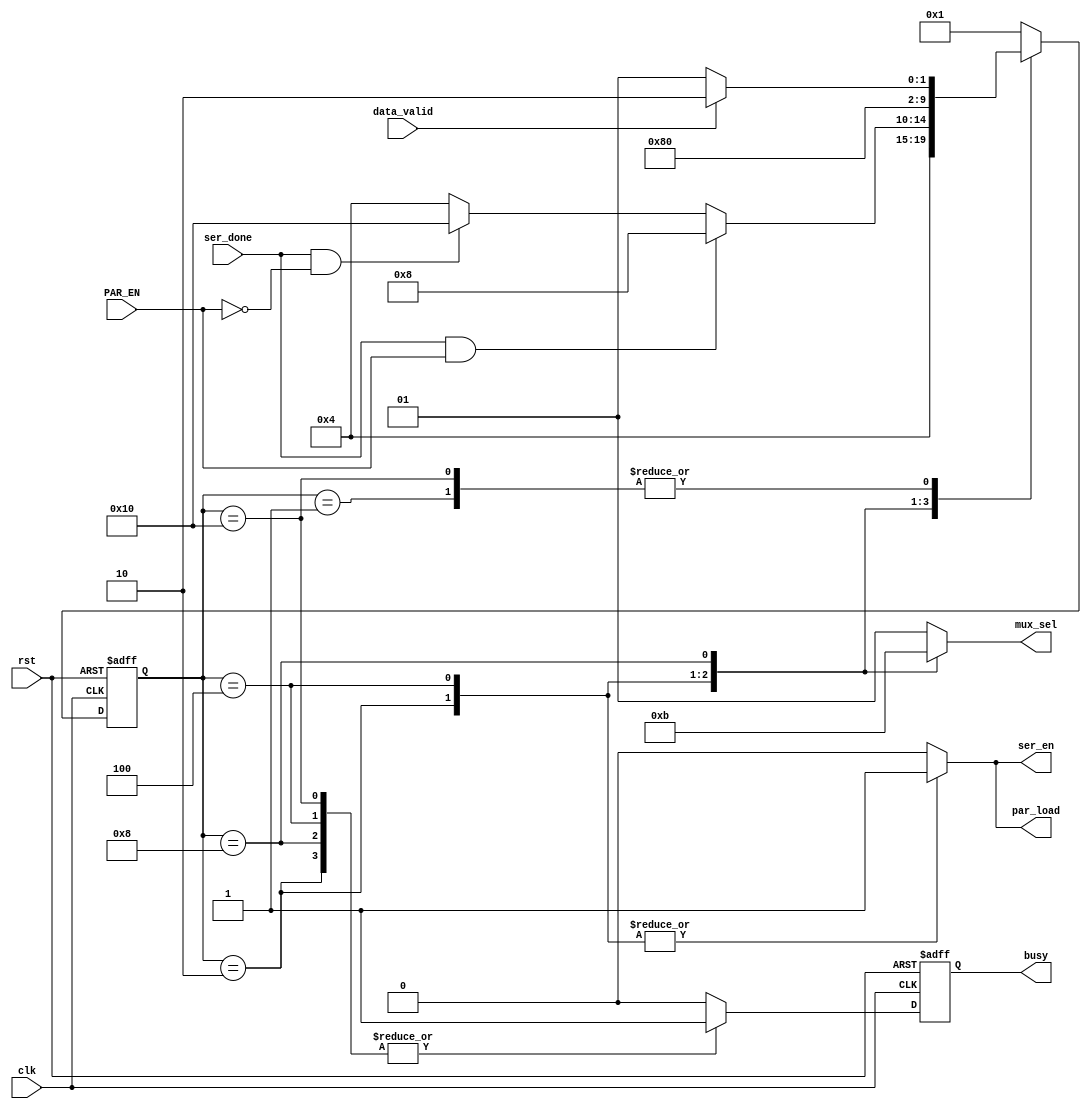
`timescale 1ns / 1ps

module FSM(
    input ser_done,
    input PAR_EN,
    input data_valid,
    input clk,
    input rst,
    output reg ser_en,
    output reg [1:0] mux_sel,
    output reg par_load,
    output reg busy

    );
    parameter state_reg_width = 5;
	parameter [state_reg_width -1 : 0] idle_state = 5'b00001 ,
									   start_state = 5'b00010,
									   data_state=5'b00100,
									   parity_state=5'b01000,
									   stop_state = 5'b10000;
	reg [state_reg_width -1 : 0] curr_state , next_state ;
	reg busy_c;

//state register
	always @(posedge clk or negedge rst)begin
		if(!rst)
			begin
			curr_state <= idle_state;
			end
		else 
			begin
			curr_state <= next_state;
			end
	end
//state logic
    always @(*) begin
        mux_sel=1;
        ser_en=0;
        par_load=0;
        busy_c=0;
        case(curr_state)
            idle_state:
                begin
                    mux_sel=1;
                    ser_en=0;
                    par_load=0;
                    busy_c=0;
                    if(data_valid) next_state = start_state;
                    else next_state = idle_state;
                end   
            start_state:
                begin
                    mux_sel=0;
                    ser_en=1;
                    par_load=1;
                    busy_c=1;
                    next_state = data_state;
                end
            data_state:
                begin
                    mux_sel=2;
                    ser_en=1;
                    par_load=1;
                    busy_c=1;
                    if(ser_done && PAR_EN) next_state = parity_state;
                    else if(ser_done && !PAR_EN) next_state = stop_state;        
                    else next_state = data_state;    
                end
            parity_state:
                begin
                    mux_sel=3;
                    ser_en=0;
                    par_load=0;
                    busy_c=1;
                    next_state = stop_state;    
                end
            stop_state:
                begin
                    mux_sel=1;
                    ser_en=0;
                    par_load=0;
                    busy_c=1; 
                    if(data_valid) next_state = start_state;
                    else next_state = idle_state;           
                end
            default: 
                begin
                    mux_sel=1;
                    ser_en=0;
                    par_load=0;
                    busy_c=0; 
		            next_state = idle_state;
                end
        endcase
    end
//register output 
always @ (posedge clk or negedge rst)
 begin
  if(!rst)
   begin
    busy <= 1'b0 ;
   end
  else
   begin
    busy <= busy_c ;
   end
 end
endmodule